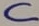
Text: C